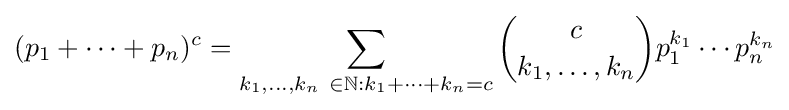
(p_{1}+\cdots +p_{n})^{c}=\sum _{k_{1},\ldots ,k_{n}\ \in \mathbb {N} :k_{1}+\cdots +k_{n}=c}{c \choose k_{1},\ldots ,k_{n}}p_{1}^{k_{1}}\cdots p_{n}^{k_{n}}